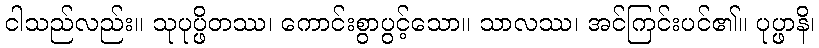
ငါသည်လည်း။ သုပုပ္ဖိတဿ၊ ကောင်းစွာပွင့်သော။ သာလဿ၊ အင်ကြင်းပင်၏။ ပုပ္ဖာနိ၊